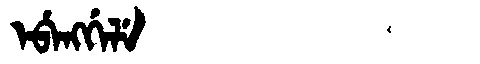
Manchu: ᡝᠪᡝᠩᡤᡝᠯᡝ
Romanization: EBENGGELE